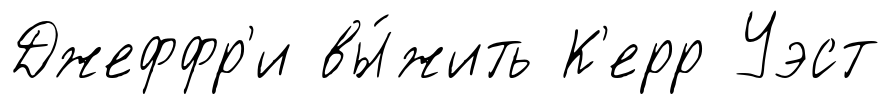
Джеффр'и вы́жить К'ерр Уэст